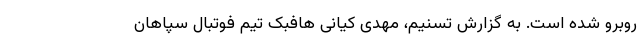
روبرو شده است. به گزارش تسنیم، مهدی کیانی هافبک تیم فوتبال سپاهان